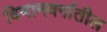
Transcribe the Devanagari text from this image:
विमानवर्गातील